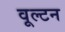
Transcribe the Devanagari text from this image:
वूल्टन